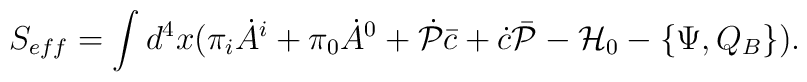
S_{eff}= \int d^4x (\pi_i\dot A^i + \pi_0 \dot A^0 + \dot{\cal P}\bar c +\dot c\bar{\cal P} - {\cal H}_0 - \{\Psi, Q_B\}).